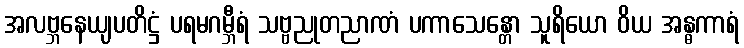
အလဗ္ဘနေယျပတိဋ္ဌံ ပရမဂမ္ဘီရံ သဗ္ဗညုတညာဏံ ပကာသေန္တော သူရိယော ဝိယ အန္ဓကာရံ